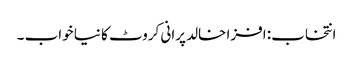
انتخاب: افزا خالد پرانی کروٹ کا نیا خواب ۔